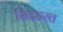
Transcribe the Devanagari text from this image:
सिद्दहस्त